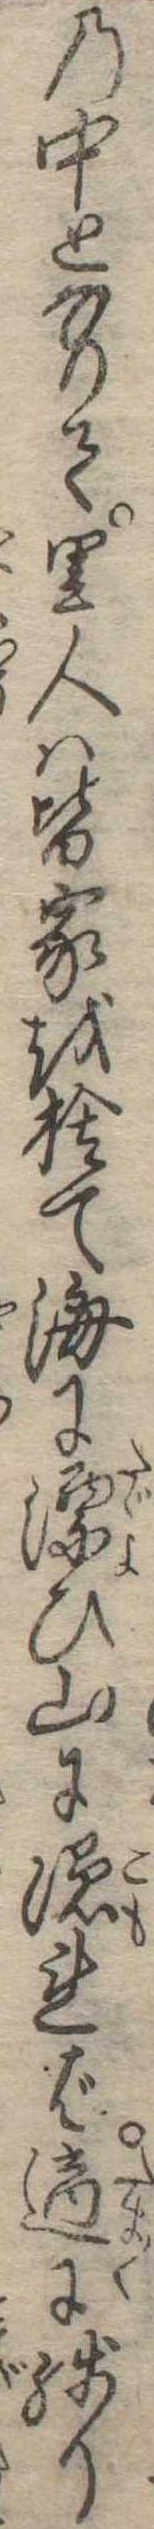
の中となりて里人は皆家を捨て海に漂ひ山に隠れば適に残り